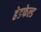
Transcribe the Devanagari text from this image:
हेडफेल्ड